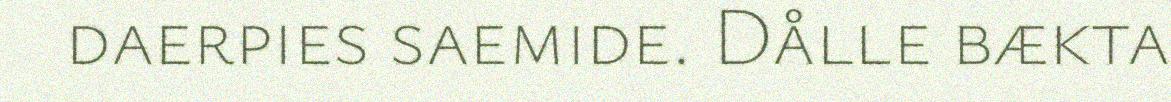
daerpies saemide. Dålle bækta